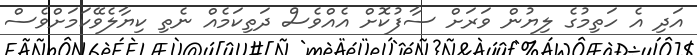
އަދި އެ ހަތިމުގެ ލިޔުން ވަރަށް ސާފުކޮށް އެއްވެސް ދަތިކަމެއް ނެތި ކިޔާލެވޭކަމަށްވެސް